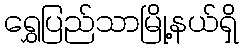
ရွှေပြည်သာမြို့နယ်ရှိ